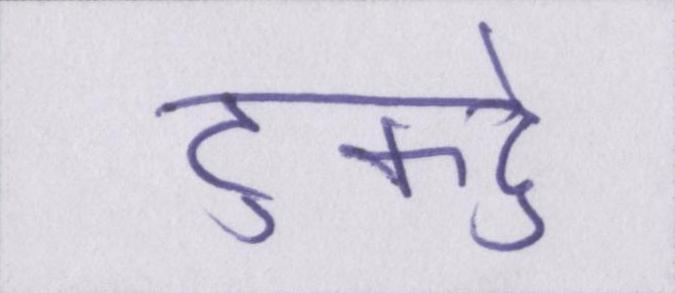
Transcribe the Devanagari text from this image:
टुकड़े